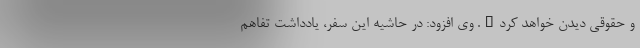
و حقوقی دیدن خواهد کرد". وی افزود: در حاشیه این سفر، یادداشت تفاهم